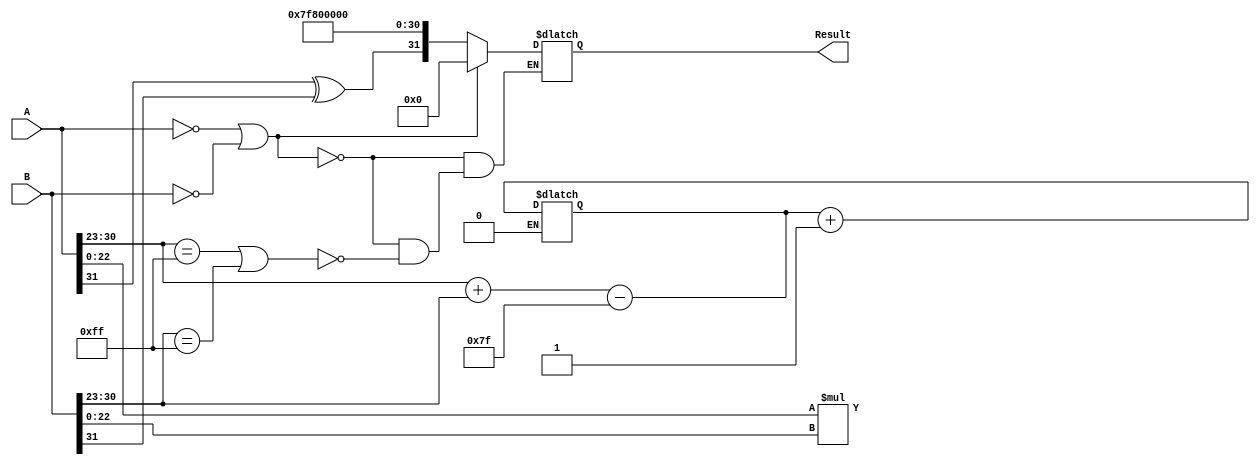
module radix4_fp_multiplier (
    input  wire [31:0] A,      // First operand
    input  wire [31:0] B,      // Second operand
    output reg  [31:0] Result   // Result of multiplication
);

    // Floating-point representation
    wire signA, signB;
    wire [7:0] expA, expB;
    wire [22:0] mantA, mantB;
    
    // Extract sign, exponent and mantissa
    assign signA = A[31];
    assign expA = A[30:23];
    assign mantA = {1'b1, A[22:0]}; // Implicit leading 1 for normalized
    assign signB = B[31];
    assign expB = B[30:23];
    assign mantB = {1'b1, B[22:0]}; // Implicit leading 1 for normalized

    // Intermediate variables
    wire [47:0] product; // Product of mantissas
    wire [7:0] expResult; // Result exponent
    wire signResult;      // Result sign

    // Calculate product of mantissas (using simple multiplication for demonstration)
    assign product = mantA * mantB; // This should be optimized with Radix-4 Booth encoding

    // Calculate result exponent
    assign expResult = expA + expB - 8'd127; // Subtract bias

    // Calculate result sign
    assign signResult = signA ^ signB;

    // Normalize the product and adjust exponent
    always @* begin
        // Initialize result
        Result = 32'b0;

        // Check for overflow/underflow and normalization
        if (product[47] == 1'b1) begin // If product is greater than or equal to 2
            Result[22:0] = product[46:24]; // Shift right
            expResult = expResult + 1; // Increment exponent
        end else begin
            Result[22:0] = product[45:23]; // Normalized
        end

        // Assign sign, exponent, and mantissa to result
        Result[31] = signResult;
        Result[30:23] = expResult;
        Result[22:0] = Result[22:0]; // Mantissa already assigned
    end

    // Handle special cases (zero, infinity, NaN)
    always @* begin
        if (A == 32'b0 || B == 32'b0) begin
            Result = 32'b0; // Zero case
        end else if (expA == 8'd255 || expB == 8'd255) begin
            Result[31] = signResult;
            Result[30:23] = 8'd255; // Infinity or NaN
            Result[22:0] = 23'b0; // Set mantissa to 0 for infinity
        end
        // Additional NaN handling can be added here
    end

endmodule